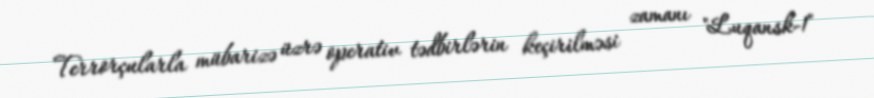
Terrorçularla mübarizə üzrə operativ tədbirlərin keçirilməsi zamanı "Luqansk-1"